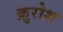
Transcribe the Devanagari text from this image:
क़ुरोश